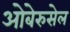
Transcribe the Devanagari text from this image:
ओबेरुसेल